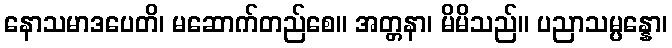
နောသမာဒပေတိ၊ မဆောက်တည်စေ။ အတ္တနာ၊ မိမိသည်။ ပညာသမ္ပန္နော၊